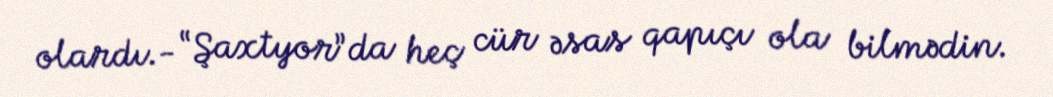
olardı.- “Şaxtyor”da heç cür əsas qapıçı ola bilmədin.